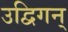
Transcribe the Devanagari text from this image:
उद्विगन्